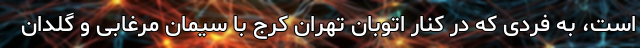
است، به فردی که در کنار اتوبان تهران کرج با سیمان مرغابی و گلدان